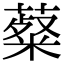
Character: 薒